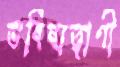
ভবিষ্যত্বাণী